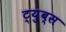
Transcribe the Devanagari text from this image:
ट्युब्स